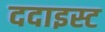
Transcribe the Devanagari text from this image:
ददाइस्ट